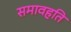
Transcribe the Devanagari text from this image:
समावहति